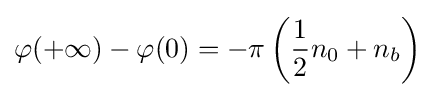
\varphi (+\infty )-\varphi (0)=-\pi \left({\frac {1}{2}}n_{0}+n_{b}\right)